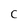
Character: C